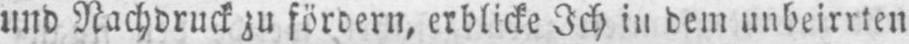
und Nachdruck zu fördern, erblicke Ich in dem unbeirrten